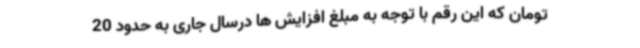
تومان که این رقم با توجه به مبلغ افزایش ها درسال جاری به حدود 20